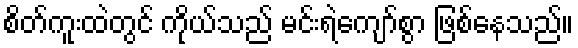
စိတ်ကူးထဲတွင် ကိုယ်သည် မင်းရဲကျော်စွာ ဖြစ်နေသည်။